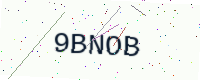
Text: 9BNOB